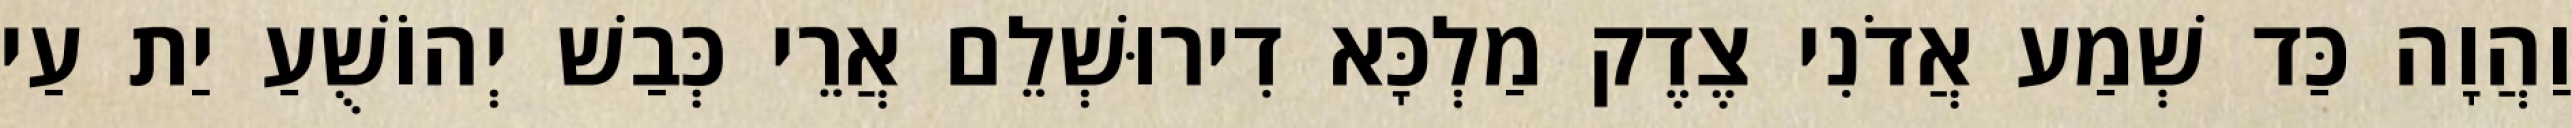
וַהֲוָה כַּד שְׁמַע אֲדֹנִי צֶדֶק מַלְכָּא דִירוּשְׁלֵם אֲרֵי כְּבַשׁ יְהוֹשֻׁעַ יַת עַי